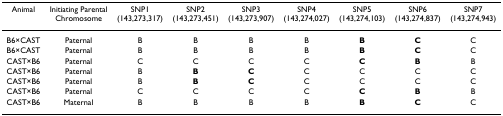
| Animal | Initiating ParentalChromosome | SNP1(143,273,317) | SNP2(143,273,451) | SNP3(143,273,907) | SNP4(143,274,027) | SNP5(143,274,103) | SNP6(143,274,837) | SNP7(143,274,943) |
 | --- | --- | --- | --- | --- | --- | --- | --- | --- |
 | B6×CAST | Paternal | B | B | B | B | B | C | C |
 | B6×CAST | Paternal | B | B | B | B | B | C | C |
 | CAST×B6 | Paternal | C | C | C | C | C | B | B |
 | CAST×B6 | Paternal | B | B | C | C | C | C | C |
 | CAST×B6 | Paternal | B | B | C | C | C | C | C |
 | CAST×B6 | Paternal | C | C | C | C | C | B | B |
 | CAST×B6 | Maternal | B | B | B | B | B | C | C |